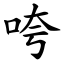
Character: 咵